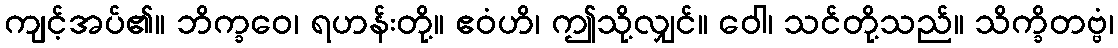
ကျင့်အပ်၏။ ဘိက္ခဝေ၊ ရဟန်းတို့။ ဧဝံဟိ၊ ဤသို့လျှင်။ ဝေါ၊ သင်တို့သည်။ သိက္ခိတဗ္ဗံ၊